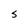
Character: 5